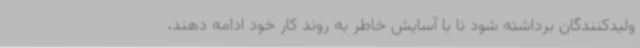
ولیدکنندگان برداشته شود تا با آسایش خاطر به روند کار خود ادامه دهند،